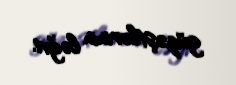
güzəştlərinin ləğvi.